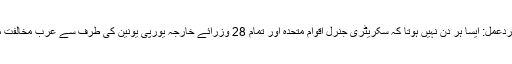
امیر طبقہ بامقابلہ مشہور ردعمل: ایسا ہر دن نہیں ہوتا کہ سکریٹری جنرل اقوام متحدہ اور تمام 28 وزرائے خارجہ یورپی یونین کی طرف سے عرب مخالفت میں اسرائیل کے ساتھ ہیں۔